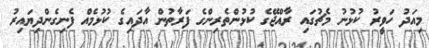
މިއަދު ހަވީރު ކުޅުނު މެޗުގައި ރާއްޖޭގެ ކުޅުންތެރިންގެ ފަރާތުން އާދައިގެ ކުޅުމެއް ފެނިގެންދިޔައިރު